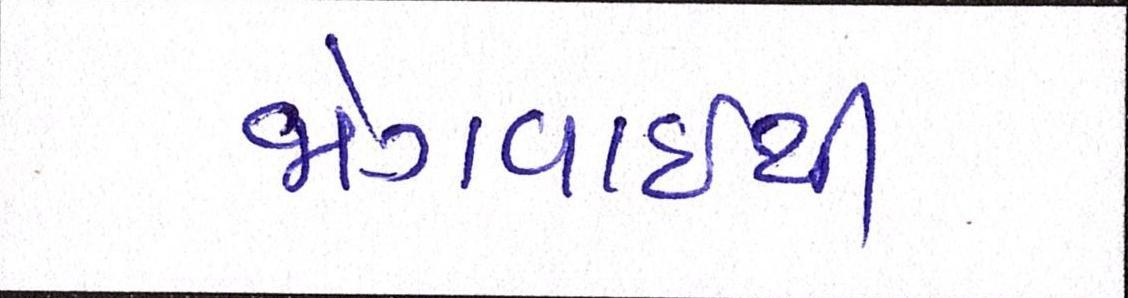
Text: જોગવાઈથી